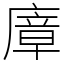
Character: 㢓